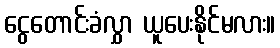
ငွေတောင်းခံလွှာ ယူပေးနိုင်မလား။